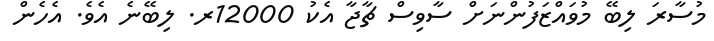
މުސާރަ ލިބޭ މުވައްޒަފުންނަށް ސާވިސް ޗާޖާ އެކު 12000ރ. ލިބޭނެ އެވެ. އެހެން